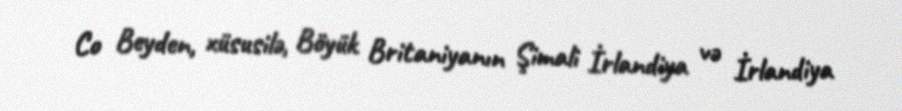
Co Beyden, xüsusilə, Böyük Britaniyanın Şimali İrlandiya və İrlandiya